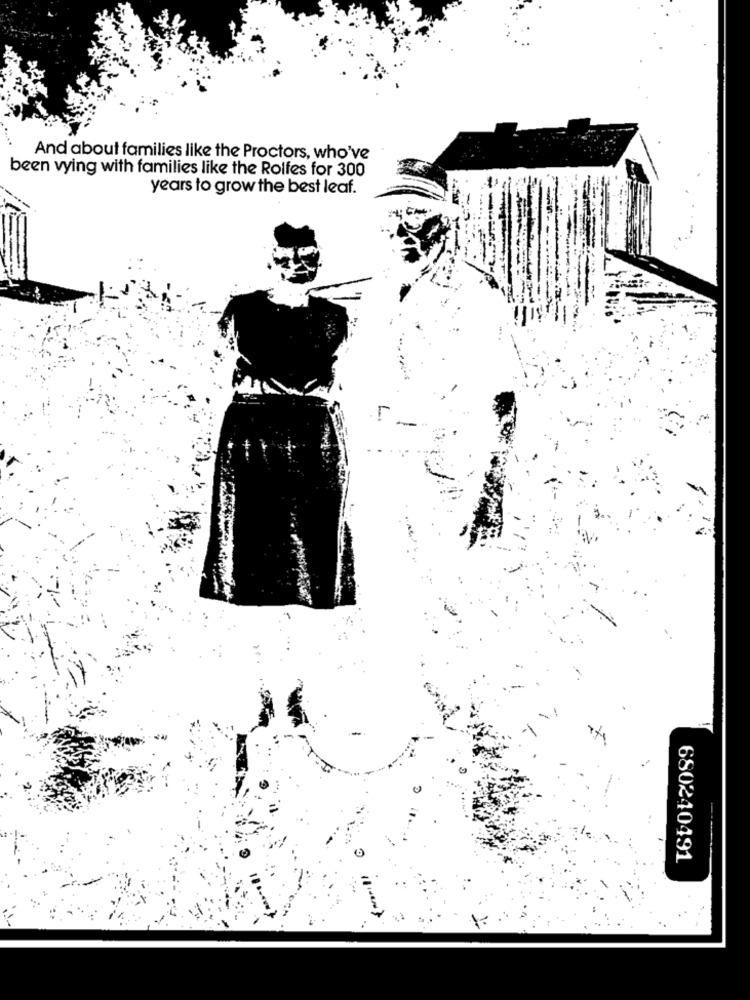
And about families like the Proctors, who've
been vying with families like the Rolfes for 300
years to grow the best leaf.
L
680240491